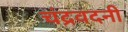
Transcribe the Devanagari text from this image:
चंद्रवदनी